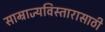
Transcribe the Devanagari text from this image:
साम्राज्यविस्तारासाठी